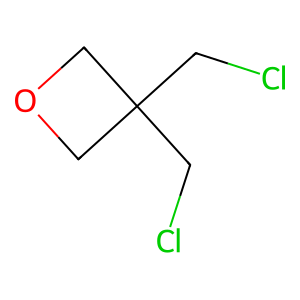
SMILES: ClCC1(CCl)COC1
Inhibits HIV replication: No